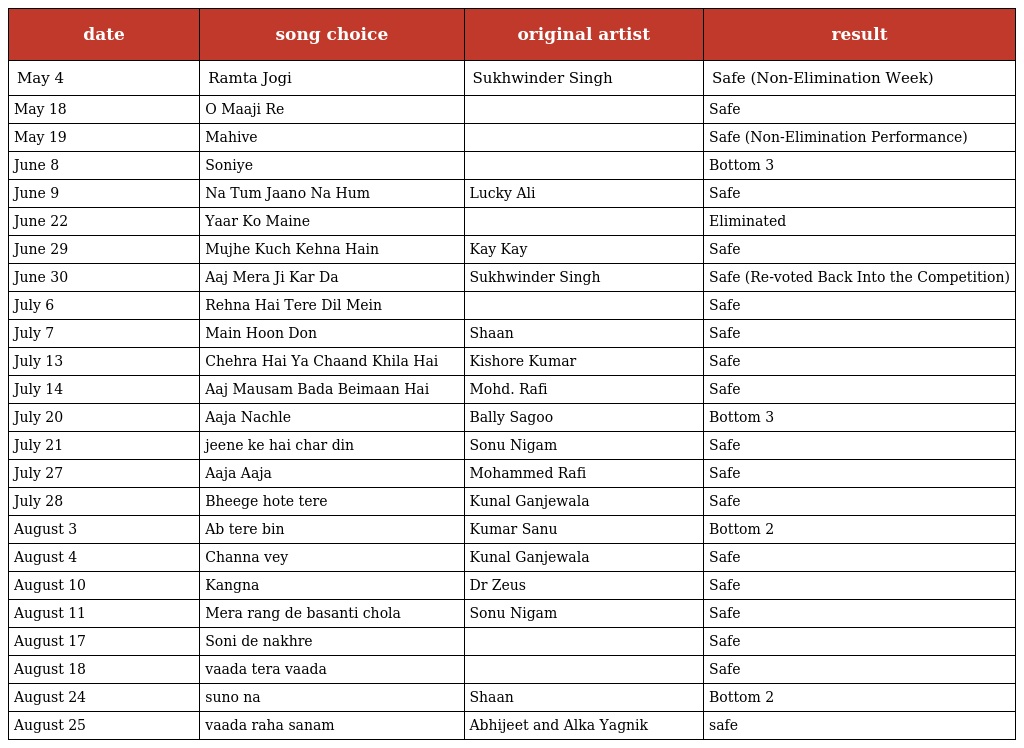
| date | song choice | original artist | result |
 | --- | --- | --- | --- |
 | May 4 | Ramta Jogi | Sukhwinder Singh | Safe (Non-Elimination Week) |
 | May 18 | O Maaji Re |  | Safe |
 | May 19 | Mahive |  | Safe (Non-Elimination Performance) |
 | June 8 | Soniye |  | Bottom 3 |
 | June 9 | Na Tum Jaano Na Hum | Lucky Ali | Safe |
 | June 22 | Yaar Ko Maine |  | Eliminated |
 | June 29 | Mujhe Kuch Kehna Hain | Kay Kay | Safe |
 | June 30 | Aaj Mera Ji Kar Da | Sukhwinder Singh | Safe (Re-voted Back Into the Competition) |
 | July 6 | Rehna Hai Tere Dil Mein |  | Safe |
 | July 7 | Main Hoon Don | Shaan | Safe |
 | July 13 | Chehra Hai Ya Chaand Khila Hai | Kishore Kumar | Safe |
 | July 14 | Aaj Mausam Bada Beimaan Hai | Mohd. Rafi | Safe |
 | July 20 | Aaja Nachle | Bally Sagoo | Bottom 3 |
 | July 21 | jeene ke hai char din | Sonu Nigam | Safe |
 | July 27 | Aaja Aaja | Mohammed Rafi | Safe |
 | July 28 | Bheege hote tere | Kunal Ganjewala | Safe |
 | August 3 | Ab tere bin | Kumar Sanu | Bottom 2 |
 | August 4 | Channa vey | Kunal Ganjewala | Safe |
 | August 10 | Kangna | Dr Zeus | Safe |
 | August 11 | Mera rang de basanti chola | Sonu Nigam | Safe |
 | August 17 | Soni de nakhre |  | Safe |
 | August 18 | vaada tera vaada |  | Safe |
 | August 24 | suno na | Shaan | Bottom 2 |
 | August 25 | vaada raha sanam | Abhijeet and Alka Yagnik | safe |